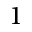
1